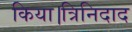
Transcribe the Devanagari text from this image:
किया।त्रिनिदाद